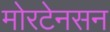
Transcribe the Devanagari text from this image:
मोरटेनसन